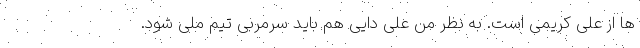
ها از علی کریمی است. به نظر من علی دایی هم باید سرمربی تیم ملی شود.